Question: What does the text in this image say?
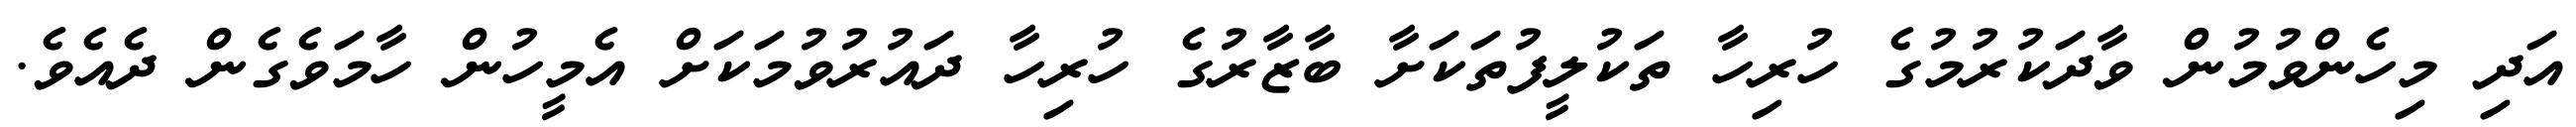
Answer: އަދި މިހެންވުމުން ވާދަކުރުމުގެ ހުރިހާ ތަކުލީފުތަކަށާ ބާޒާރުގެ ހުރިހާ ދައުރުވުމަކަށް އެމީހުން ހާމަވެގެން ދެއެވެ.